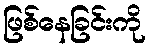
ဖြစ်နေခြင်းကို